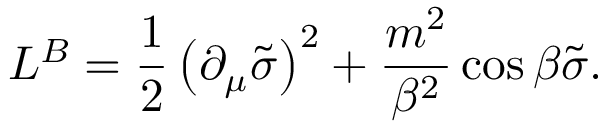
{ \cal L } ^ { B } = \frac { 1 } { 2 } \left( \partial _ { \mu } \tilde { \sigma } \right) ^ { 2 } + \frac { m ^ { 2 } } { \beta ^ { 2 } } \cos \beta \tilde { \sigma } .